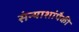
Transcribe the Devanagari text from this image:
संन्याशांपैकी